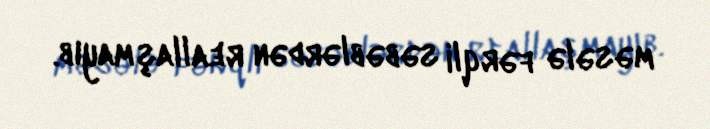
məsələ fərqli səbəblərdən reallaşmayıb.